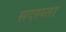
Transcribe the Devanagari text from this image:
सदस्य्ता